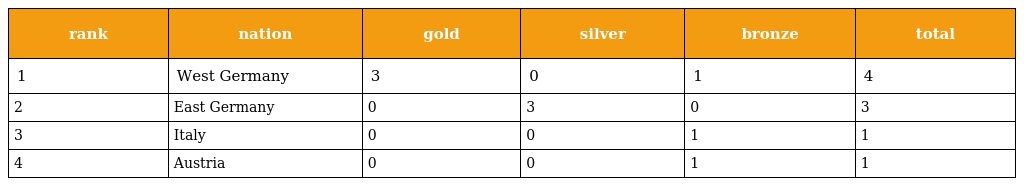
| rank | nation | gold | silver | bronze | total |
 | --- | --- | --- | --- | --- | --- |
 | 1 | West Germany | 3 | 0 | 1 | 4 |
 | 2 | East Germany | 0 | 3 | 0 | 3 |
 | 3 | Italy | 0 | 0 | 1 | 1 |
 | 4 | Austria | 0 | 0 | 1 | 1 |